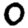
Digit: 0